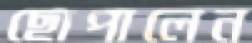
ছোপালেন